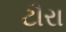
ટૌરા